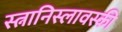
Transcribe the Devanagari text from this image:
स्त्नानिस्लावस्की